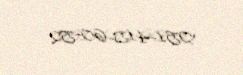
051-415-60-52